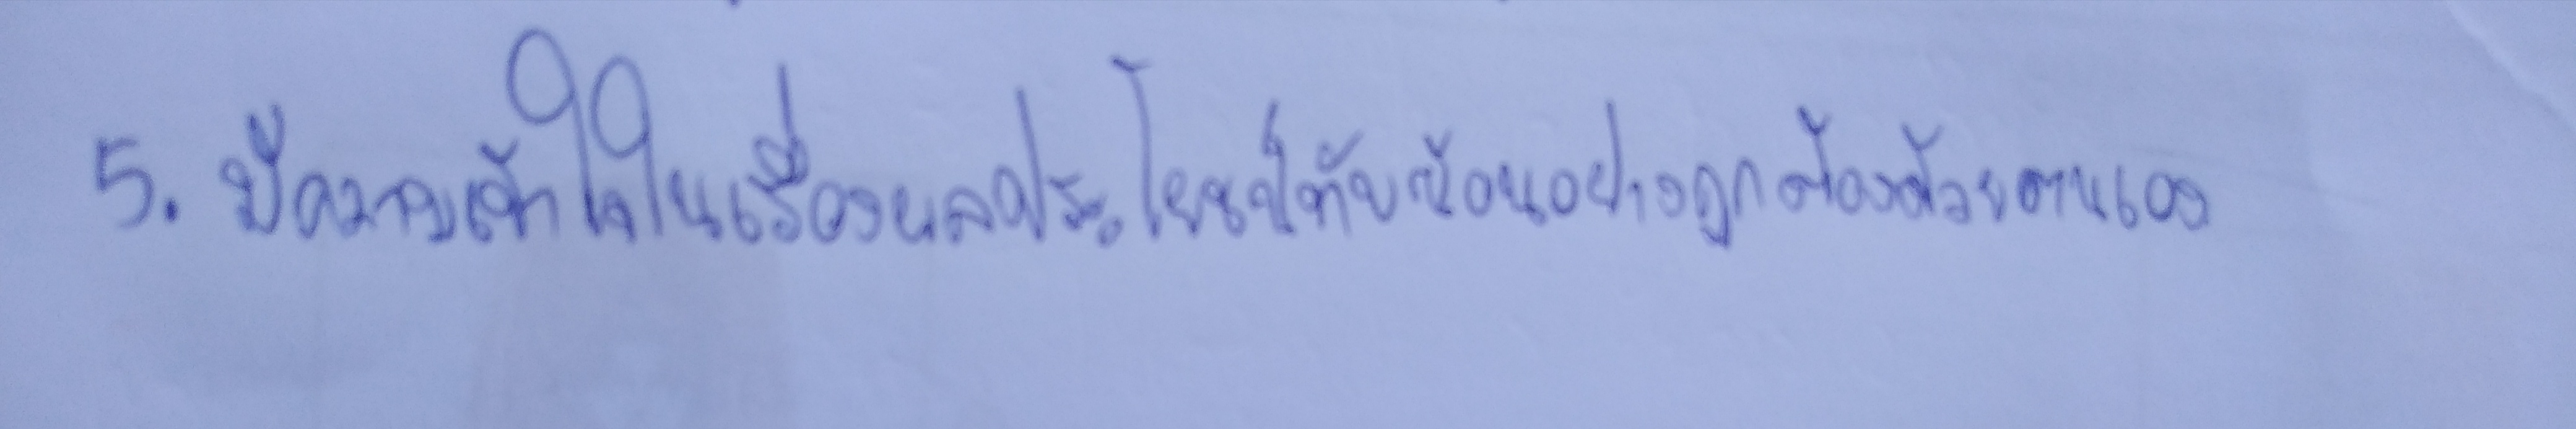
5.มีความเข้าใจในเรื่องผลประโยชน์ทับซ้อนอย่างถูกต้องด้วยตัวเอง